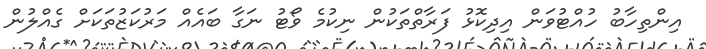
އިންތިހާބު ހުއްޓުވަން އިދިކޮޅު ފަރާތްތަކުން ނިކުމެ ވޯޓު ނަގާ ބައެއް މަރުކަޒުތަކަށް ގެއްލުން